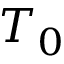
T _ { 0 }